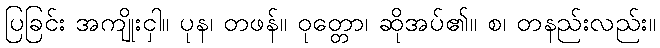
ပြခြင်း အကျိုးငှါ။ ပုန၊ တဖန်။ ဝုတ္တော၊ ဆိုအပ်၏။ စ၊ တနည်းလည်း။